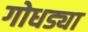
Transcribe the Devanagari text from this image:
गोधड्या